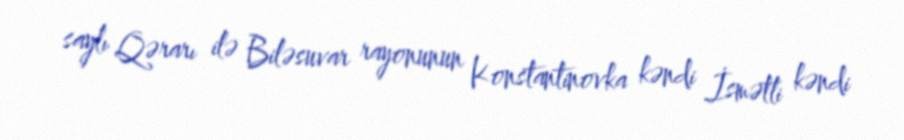
saylı Qərarı ilə Biləsuvar rayonunun Konstantinovka kəndi İsmətli kəndi